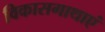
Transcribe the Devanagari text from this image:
विकासगाथाएं